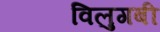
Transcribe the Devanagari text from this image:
विलुगबी